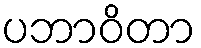
ပဘာဝိတာ